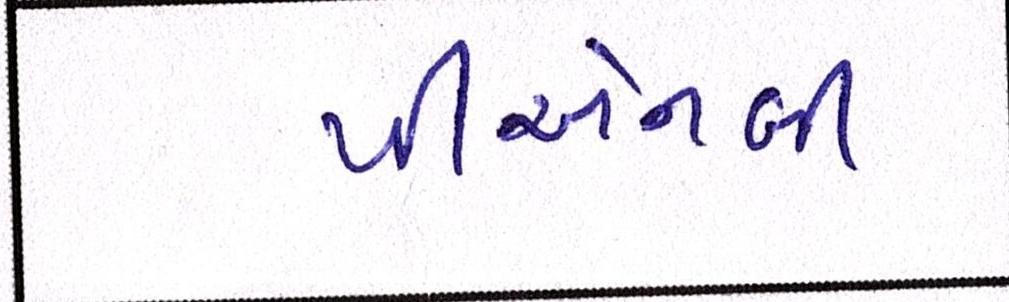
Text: પીએનબી